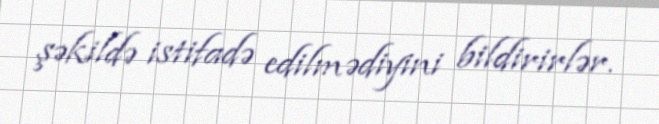
şəkildə istifadə edilmədiyini bildirirlər.